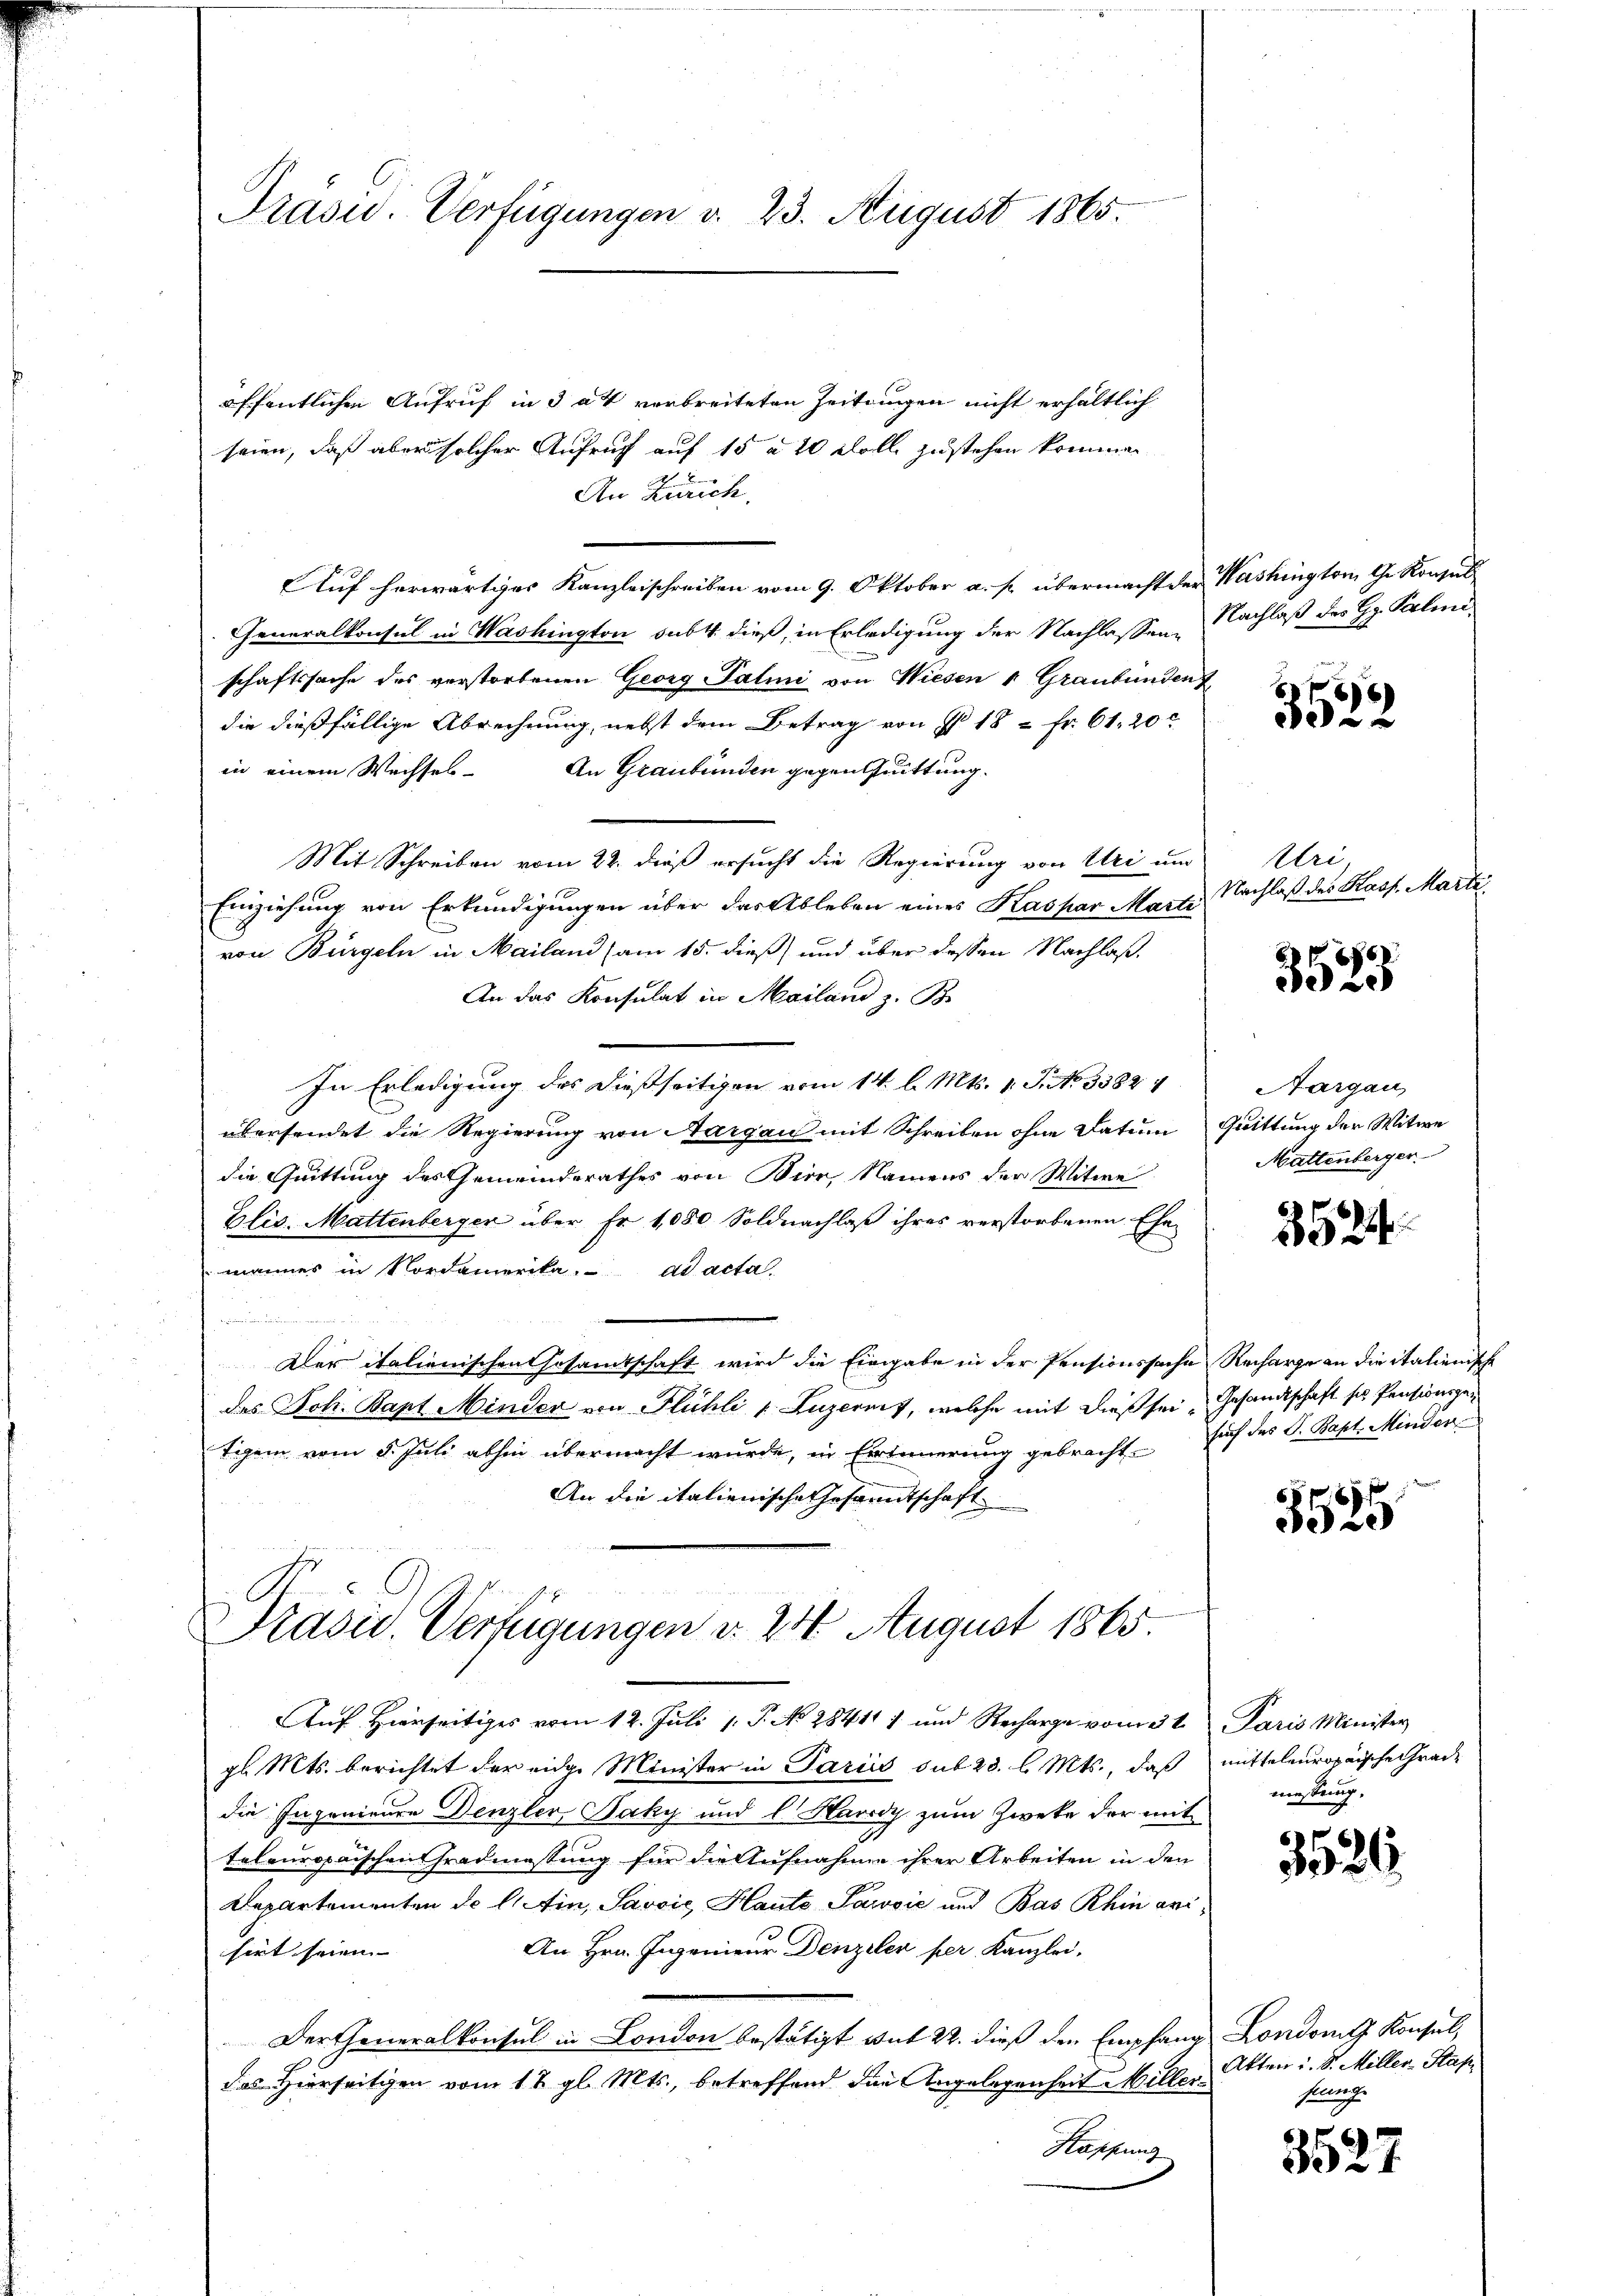
öffentlichen Aufruf in 3 a 4 verbreiteten Zeitungen nicht erhältlich
seien, daß aber solcher Aufruch auf 15 à 10 Kolle zustehen kommen
An Zürich.
Auf herwärtiges Kanzleischreiben vom 9. Oktober a. p. übermacht der Washington Ge Konsul
Generalkonsul in Washington subt dieß, in Erledigung der Nachlassenschaftssache des verstorbenen Georg Palini von Wiesen 4 Graubünden
die dießfällige Abrechnung, nebst dem Betrag von I 18 = Fr. 61. 20
in einem Wechsel. An Graubünden gegen Quittung.
Mit Schreiben vom 22. dieß ersucht die Regierung von Uri und
Einziehung von Erkundigungen über das Ableben eines Kaspar Marti
von Bürgeln in Mailand (am 15. dieß) und über dessen Nachlaß¬
An das Konsulat in Mailand z. B.
In Erledigung des dießseitigen vom 14. l. Mts. 1. St. 33824
übersendet die Regierung von Aargau mit Schreiben ohne Datum Quittung der Witwe
die Quittung des Gemeinderathes von Birn, Namens der Witwe
Elis. Mattenberger über Fr. 1050 Soldnachlaß ihres verstorbenen Ehe-
mannes in Nordamerika. ad acta
Ferieren
Der italienischen Gesandtschaft wird die Eingabe in der Pensionssache Recharge an die italienische
das Joh. Bapt Minder von Flühli (Luzernis, welche mit dieß sei, Gesandtschaft sich Pensionsgetigem vom 5. Juli abhin übermacht wurde, in Erinnerung gebracht sich des S. Bapt. Minden
An die italienische Gesammtschaft
Präsid. Verfügungen d. 24 August 1865.

Präsid. Verfügungen v. 23. August 1865.

Nachlaß des H. Palme

Auf Hierseitiges vom 12. Juli 1. P. No 284111 und Recharge vom 3 te Paris Minister
gl. Mts. berichtet der eidg. Minister in Pariis sub 23. l. Mts., daß
die Ingenieure Denzler, Jaky und l. Hardy zum Zweke der mit
teleuropaischen Fradmessung für die Aufnahme ihrer Arbeiten in den
Departementen de l. Ein Savčić Haute Pawsić und Bas Rhin avi¬
An Hrn. Ingenieur Denzelen per Kanzlei,
hiet seien |
Dertheneralkonsul in London bestätigt mit 22. dieß den Empfang Londont Konsul,
des Hierseitigen vom 17. gl. Mts., betreffend die Angelegenheit Miller¬
Haschung

3522

Uri
Nachlaß des Pass. Marte

3523

Aargau,
Mattenberger

3524

3525

mittelenropaische Grade
messung,

3521

Akten d. d. Miller-Has
sung

3527